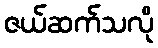
ဇယ်ဆက်သလို